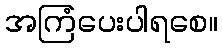
အကြံပေးပါရစေ။